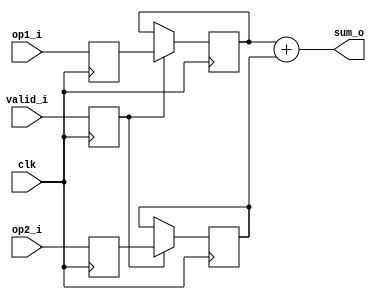
module unsigned_adder(
	clk,
	op1_i,
	op2_i,
	valid_i,
	sum_o
	);

input 		clk;
input 		[7:0] 	op1_i, op2_i;
input		valid_i;
output reg	[7:0] 	sum_o;

reg 		valid_r;
reg 		[7:0] op1_r, op2_r;
reg 		[7:0] op1_save_r, op2_save_r;
reg 		[7:0] op1_save_temp, op2_save_temp;

always @ (posedge clk) begin
	op1_r 		<= op1_i;
	op2_r 		<= op2_i;
	op1_save_r 	<= op1_save_temp;
	op2_save_r 	<= op2_save_temp;
	valid_r 	<= valid_i;
end

always @ (*) begin
op1_save_temp = op1_save_r;
op2_save_temp = op2_save_r;
	if(valid_r) begin
         op1_save_temp = op1_r;
         op2_save_temp = op2_r;
	end
sum_o = op1_save_r + op2_save_r;
end


endmodule